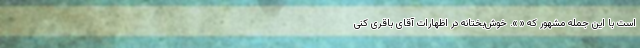
است با این جمله مشهور که « ». خوش‌بختانه در اظهارات آقای باقری کنی